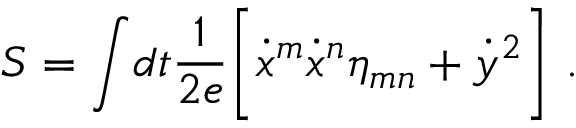
S = \int \! d t { \frac { 1 } { 2 e } } \biggl [ { \dot { x } } ^ { m } { \dot { x } } ^ { n } \eta _ { m n } + { \dot { y } } ^ { 2 } \biggr ] \ .